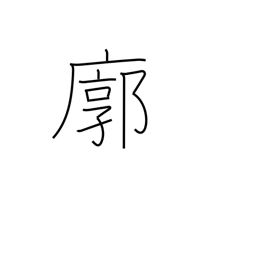
Meaning: quarter